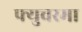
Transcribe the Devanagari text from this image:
फ्युचरमा